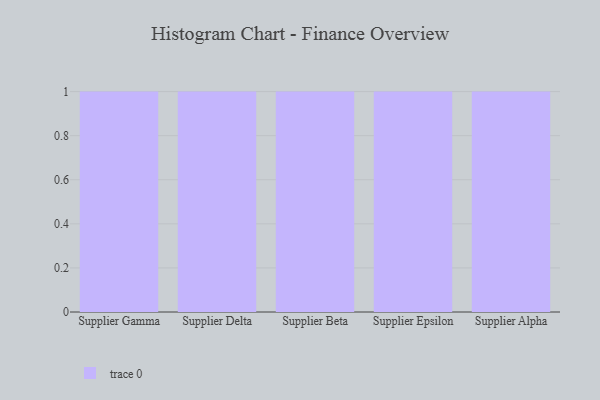
{"axis": {"x": "Supplier", "y": "Market Share (%)"}, "legend": [""], "data": [{"x": "Supplier Gamma", "y": 77, "type": ""}, {"x": "Supplier Delta", "y": 54, "type": ""}, {"x": "Supplier Beta", "y": 94, "type": ""}, {"x": "Supplier Epsilon", "y": 7, "type": ""}, {"x": "Supplier Alpha", "y": 28, "type": ""}]}